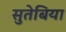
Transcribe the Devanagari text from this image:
सुतेबिया